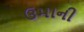
ઉમાની